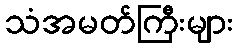
သံအမတ်ကြီးများ